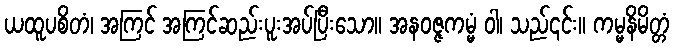
ယထူပစိတံ၊ အကြင် အကြင်ဆည်းပူးအပ်ပြီးသော။ အနဝဇ္ဇကမ္မံ ဝါ၊ သည်၎င်း။ ကမ္မနိမိတ္တံ